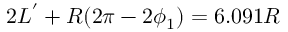
2 L ^ { ' } + R ( 2 \pi - 2 \phi _ { 1 } ) = 6 . 0 9 1 R